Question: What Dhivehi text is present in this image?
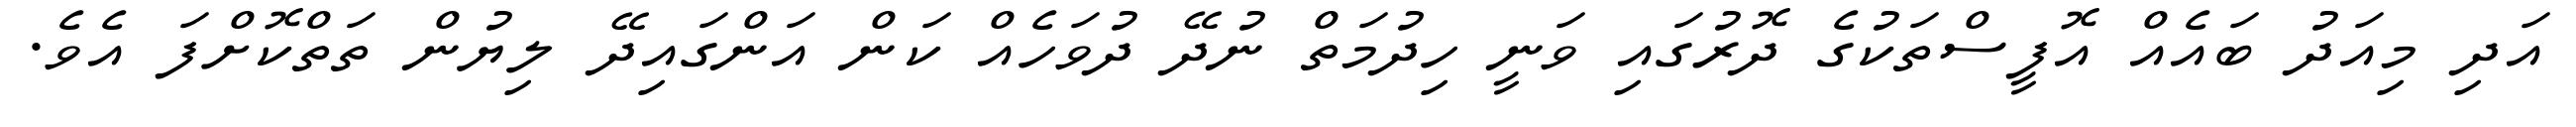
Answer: އަދި މިއަދު ބައެއް އޮފީސްތަކުގެ ދޮރުގައި ވަނީ ހިދުމަތް ނުދޭ ދުވަހެއް ކަން އަންގައިދޭ ލިޔުން ތަތްކޮށްފަ އެވެ.